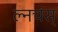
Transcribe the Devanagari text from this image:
ल्नचंस्